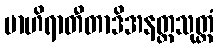
ဗာဟိရာတီတာဒိအနတ္တသုတ္တံ